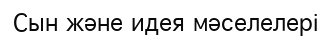
Сын және идея мәселелері